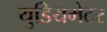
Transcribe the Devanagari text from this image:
युडियमेटर